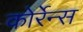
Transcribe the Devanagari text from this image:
कोर्रेन्स